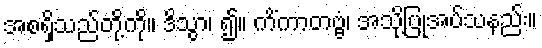
အစရှိသည်တို့ကို။ ဒိသွာ၊ ၍။ ကိံကာတဗ္ဗံ၊ အသို့ပြုအပ်သနည်း။